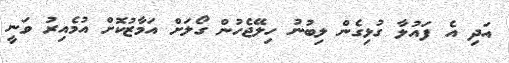
އަދި އެ ފައުލާ ގުޅިގެން ލިބުނު ހިލޭޖެހުން ގޯލަށް އަމާޒުކޮށް އުމެއިރު ވަނީ